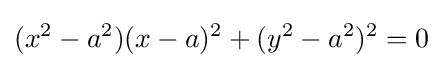
(x^{2}-a^{2})(x-a)^{2}+(y^{2}-a^{2})^{2}=0